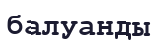
балуанды